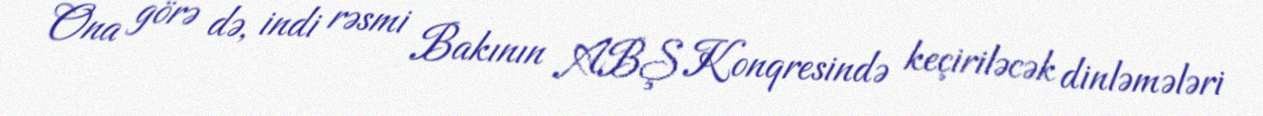
Ona görə də, indi rəsmi Bakının ABŞ Konqresində keçiriləcək dinləmələri